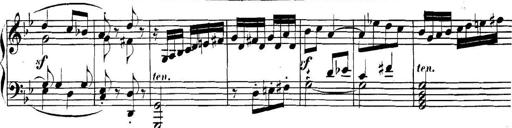
Title: Collected Piano Sonatas
Composer: Muzio Clementi